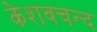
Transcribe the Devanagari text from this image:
केशवचन्द